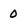
Character: 0